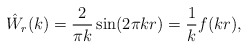
\begin{align*}\hat W_r(k) = \frac{2}{\pi k}\sin(2\pi k r) = \frac{1}{k}f(kr),\end{align*}